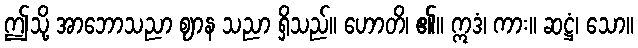
ဤသို့ အာဘောသညာ ဈာန သညာ ရှိသည်။ ဟောတိ၊ ၏။ ဣဒံ၊ ကား။ ဆဋ္ဌံ၊ သော။